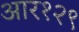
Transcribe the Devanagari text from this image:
आर१२९